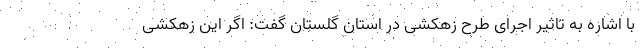
با اشاره به تاثیر اجرای طرح زهکشی در استان گلستان گفت: اگر این زهکشی